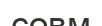
совм